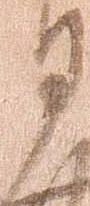
月